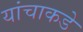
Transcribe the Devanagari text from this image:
यांचाकडे